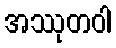
အဿုတဝါ